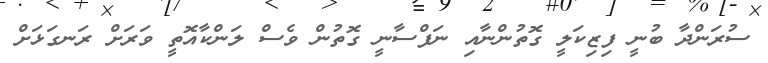
ސުރަންދާ ބުނީ ފިޒިކަލީ ގޮތުންނާއި ނަފްސާނީ ގޮތުން ވެސް ލަންކާއޮތީ ވަރަށް ރަނގަޅަށް